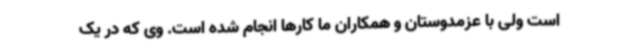
است ولی با عزمدوستان و همکاران ما کارها انجام شده است. وی که در یک